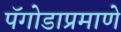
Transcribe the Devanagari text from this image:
पॅगोडाप्रमाणे